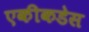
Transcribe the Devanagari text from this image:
एकीकडेस